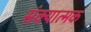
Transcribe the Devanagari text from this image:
संक्यात्मक